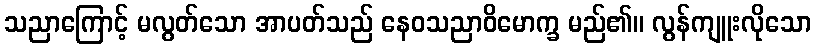
သညာကြောင့် မလွတ်သော အာပတ်သည် နေဝသညာဝိမောက္ခ မည်၏။ လွန်ကျူးလိုသော